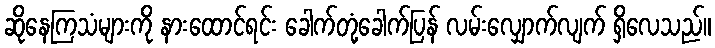
ဆိုနေကြသံများကို နားထောင်ရင်း ခေါက်တုံ့ခေါက်ပြန် လမ်းလျှောက်လျက် ရှိလေသည်။